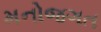
મનોજગત